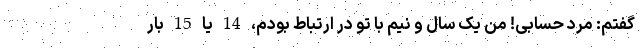
گفتم: مرد حسابی! من یک سال و نیم با تو در ارتباط بودم، 14 یا 15 بار